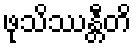
ဖုသိဿန္တီတိ